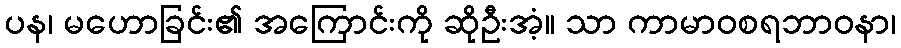
ပန၊ မဟောခြင်း၏ အကြောင်းကို ဆိုဦးအံ့။ သာ ကာမာဝစရဘာဝနာ၊